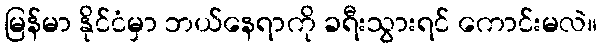
မြန်မာ နိုင်ငံမှာ ဘယ်နေရာကို ခရီးသွားရင် ကောင်းမလဲ။